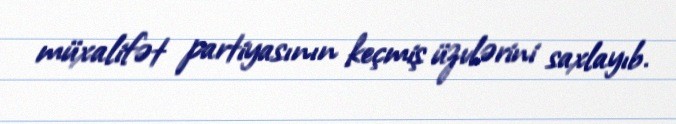
müxalifət partiyasının keçmiş üzvlərini saxlayıb.